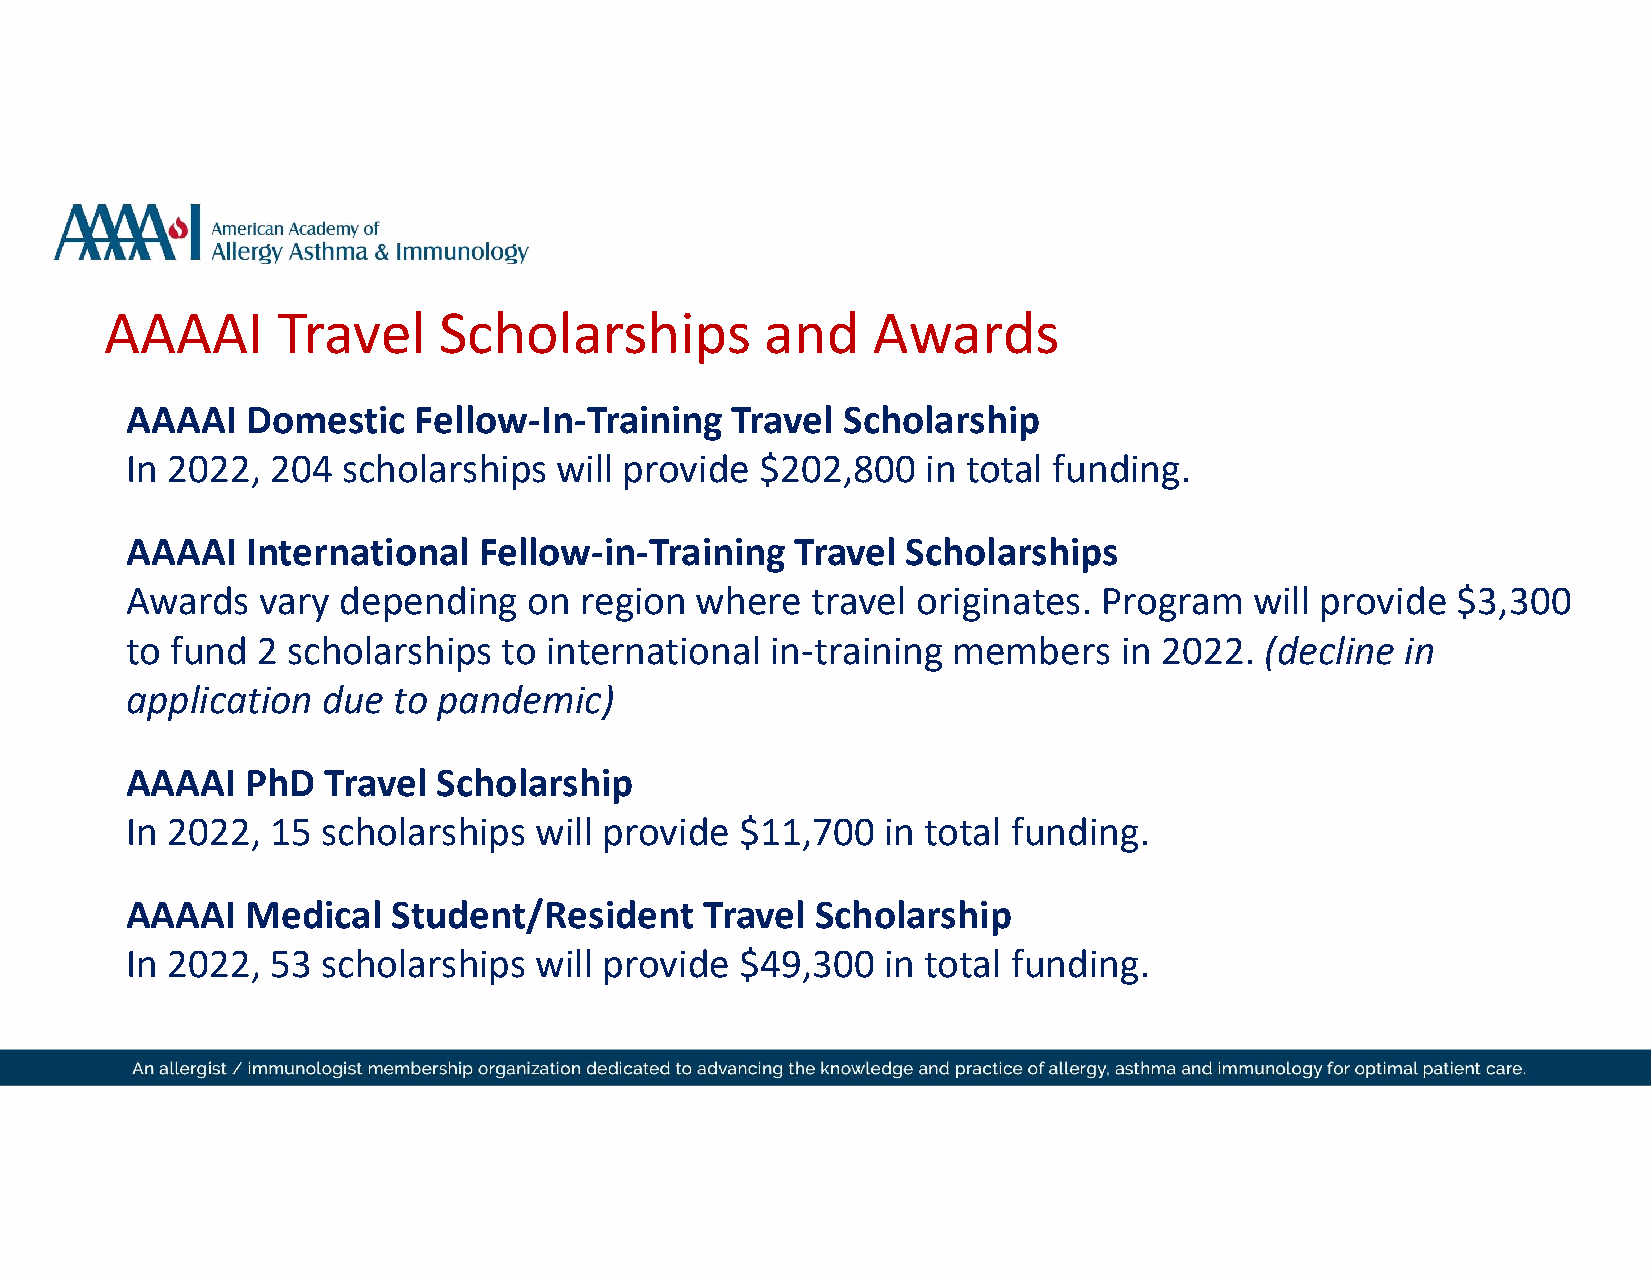
AAAAI      Travel     Scholarships          and    Awards
 AAAAI   Domestic   Fellow-In-Training   Travel  Scholarship
 In 2022,  204  scholarships  will provide $202,800   in total funding.
 AAAAI   International   Fellow-in-Training   Travel Scholarships
 Awards   vary depending    on region  where   travel originates. Program   will provide $3,300
 to fund  2 scholarships  to international  in-training members    in 2022.  (decline in
 application  due  to pandemic)
 AAAAI   PhD   Travel Scholarship
 In 2022,  15 scholarships  will provide  $11,700  in total funding.
 AAAAI   Medical   Student/Resident     Travel Scholarship
 In 2022,  53 scholarships  will provide  $49,300  in total funding.